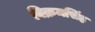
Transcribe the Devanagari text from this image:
विक्रमसिंह